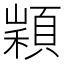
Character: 𩓵